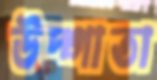
উদ্গাতা